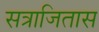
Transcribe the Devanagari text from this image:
सत्राजितास